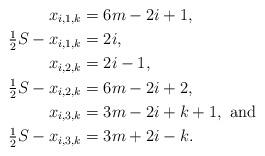
LaTeX: \begin{align*}x_{i,1,k} &= 6m-2i+1, \\\tfrac{1}{2} S -x_{i,1,k} &= 2i, \\x_{i,2,k} &= 2i-1, \\\tfrac{1}{2} S - x_{i,2,k} &= 6m-2i+2, \\x_{i,3,k} &= 3m-2i+k+1, \mbox{ and } \\\tfrac{1}{2} S - x_{i,3,k} &= 3m+2i-k. \end{align*}